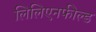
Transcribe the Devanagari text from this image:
लिलिएनफील्ड